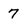
Character: 7